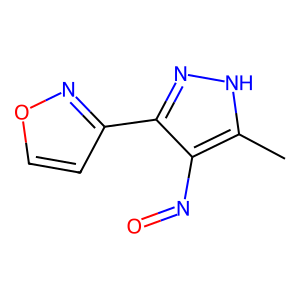
SMILES: Cc1[nH]nc(-c2ccon2)c1N=O
Inhibits HIV replication: No